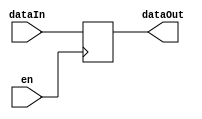
module pollREG(
		input wire en,
		input wire [19:0]dataIn,
		output reg [19:0]dataOut
);

	always @ ( posedge en )
		if ( en )
			dataOut = dataIn;
		else
			dataOut = dataOut;

endmodule